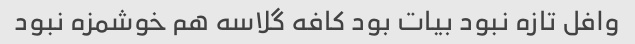
وافل‌ تازه نبود بیات بود کافه گلاسه هم خوشمزه نبود